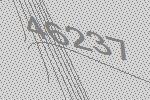
46237